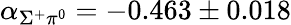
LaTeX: \alpha_{\Sigma^{+}\pi^{0}}=-0.463\pm 0.018